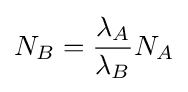
N_{B}={\frac {\lambda _{A}}{\lambda _{B}}}N_{A}